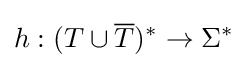
h:(T\cup {\overline {T}})^{*}\to \Sigma ^{*}